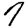
Digit: 7